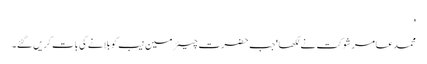
'
محمد عامر شوکت نے لکھا 'جب حضرت چیئرمین نیب کو بلانے کی بات کریں گئے۔